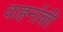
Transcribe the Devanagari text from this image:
वाहनोंकी